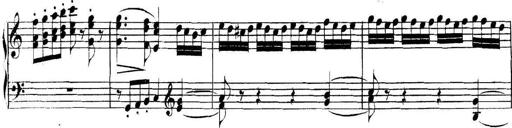
Title: Collected Piano Sonatas
Composer: Muzio Clementi